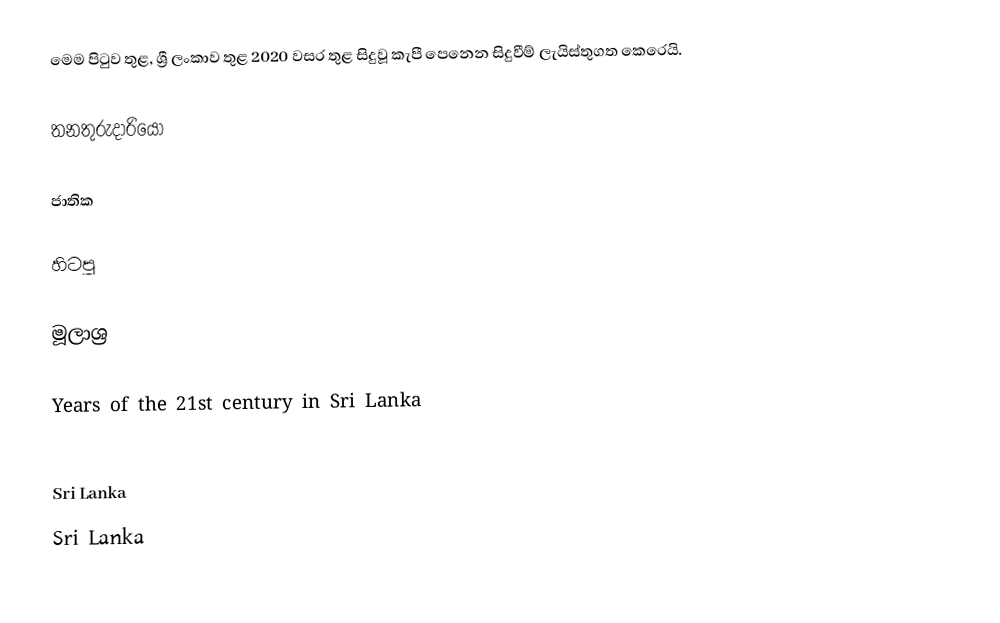
මෙම පිටුව තුළ, ශ්‍රී ලංකාව තුළ 2020 වසර තුළ සිදුවූ කැපී පෙනෙන සිදුවීම් ලැයිස්තුගත කෙරෙයි.

තනතුරුදාරියෝ

ජාතික

හිටපු

මූලාශ්‍ර

Years of the 21st century in Sri Lanka

Sri Lanka
Sri Lanka